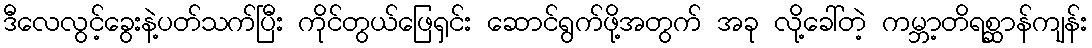
ဒီလေလွင့်ခွေးနဲ့ပတ်သက်ပြီး ကိုင်တွယ်ဖြေရှင်း ဆောင်ရွက်ဖို့အတွက် အခု လို့ခေါ်တဲ့ ကမ္ဘာ့တိရစ္ဆာန်ကျန်း